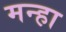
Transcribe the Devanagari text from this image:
मन्हा